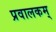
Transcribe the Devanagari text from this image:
प्रवालकम्‌